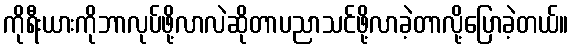
ကိုရီးယားကိုဘာလုပ်ဖို့လာလဲဆိုတာပညာသင်ဖို့လာခဲ့တာလို့ပြောခဲ့တယ်။